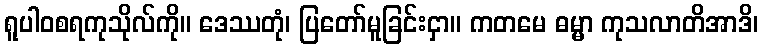
ရူပါဝစရကုသိုလ်ကို။ ဒေဿတုံ၊ ပြတော်မူခြင်းငှာ။ ကတမေ ဓမ္မာ ကုသလာတိအာဒိ၊